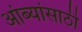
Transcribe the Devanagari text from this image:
आंब्यांसाठी